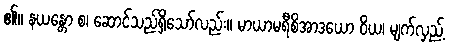
၏။ နယန္တော စ၊ ဆောင်သည်ရှိသော်လည်း။ မာယာမရီစိအာဒယော ဝိယ၊ မျက်လှည့်